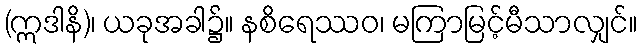
(ဣဒါနိ)၊ ယခုအခါ၌။ နစိရေဿဝ၊ မကြာမြင့်မီသာလျှင်။